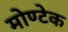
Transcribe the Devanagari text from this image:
मोण्टेक